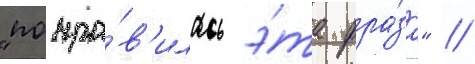
"понра́в'илась э́та фра́за" //